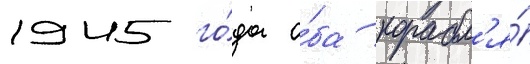
1945 го́да о́ба корабл'я́